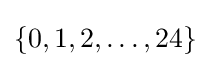
\{0,1,2,\ldots ,24\}